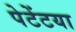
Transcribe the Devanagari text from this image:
पेटेंटया